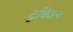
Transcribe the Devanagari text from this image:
टुविंजन